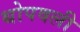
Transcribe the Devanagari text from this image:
थोपवली